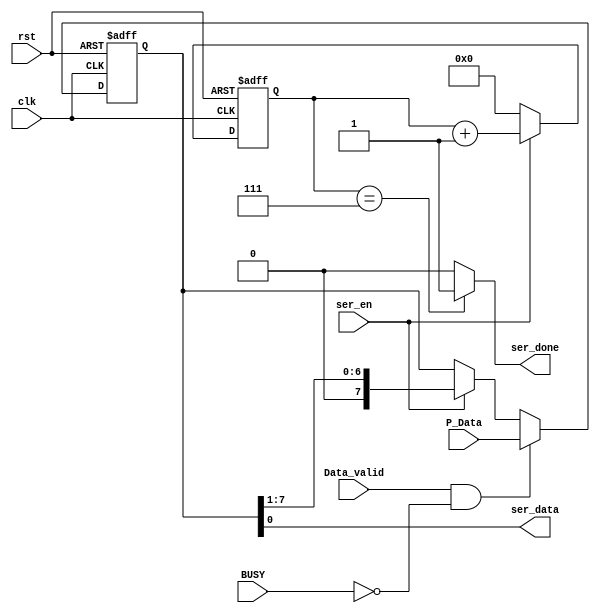
module Serializer (
input	wire		clk,
input	wire		rst,
input	wire	[7:0]	P_Data,
input	wire		Data_valid,
input	wire		BUSY,
input	wire		ser_en,
output	wire		ser_done,
output	wire		ser_data

);


reg	[3:0]	counter;
reg	[7:0]	temp;

always@(posedge clk or negedge rst)
begin
	if(!rst)
	begin
	temp <= 8'b0;
	end

	else if (Data_valid && !BUSY)
	begin
	temp <= P_Data ;
	end

	else if (ser_en)
	begin
	 temp <= temp >> 1 ;
	end
	

end

always@(posedge clk or negedge rst)
begin
	if (!rst)
	begin
	counter <='b0;
	end
	
	else if (ser_en)
	begin
	counter <= counter+1;
	end

	else
	begin
	counter <= 'b0;
	end
end
assign ser_data = temp [0];
assign ser_done =(counter == 'd7)? 1'b1:1'b0 ;



endmodule